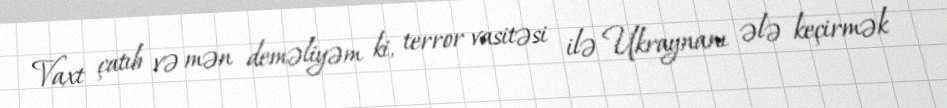
Vaxt çatıb və mən deməliyəm ki, terror vasitəsi ilə Ukraynanı ələ keçirmək